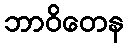
ဘာဝိတေန